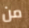
من